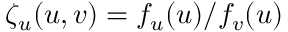
\zeta _ { u } ( u , v ) = f _ { u } ( u ) / f _ { v } ( u )